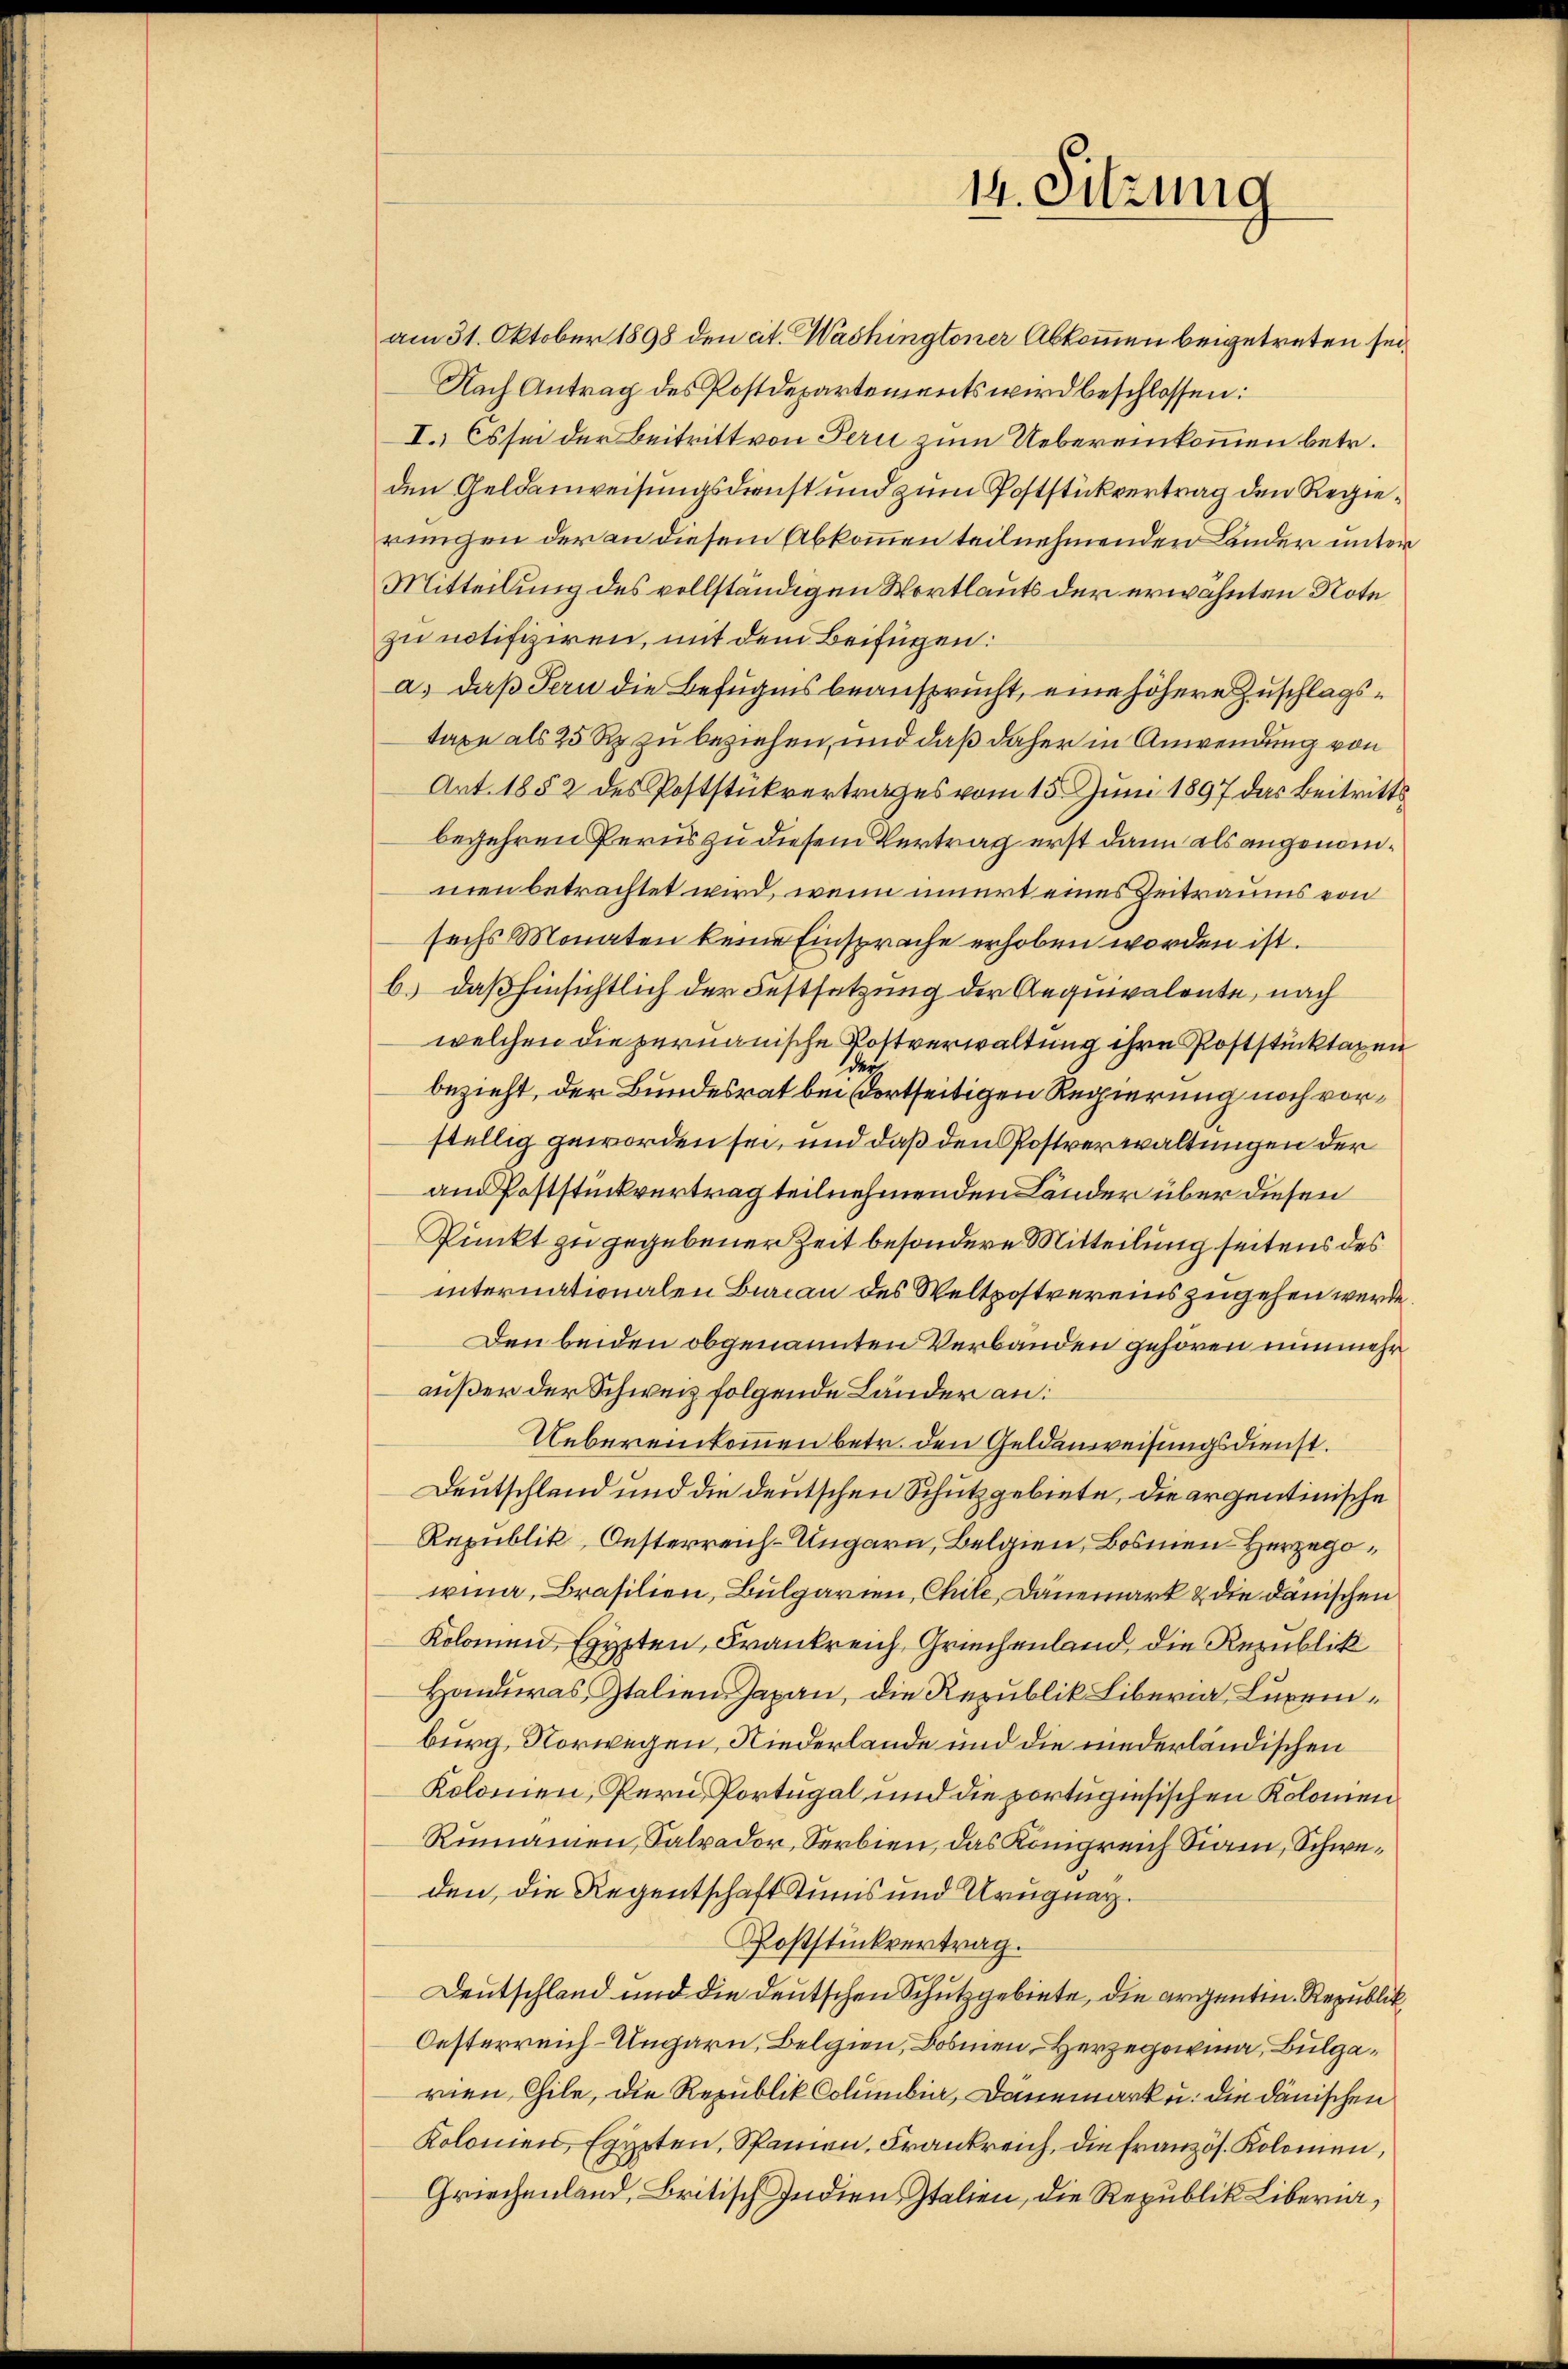
am 31. Oktober 1898 den cit. Washingtoner Abkommen beigetreten sei¬
Nach Antrag des Postdepartements wird beschlossen:
I. Es sei der Beitritt von Peri zum Uebereinkommen betr.
den Geldanweisungsdienst und zum Poststückvertrag den Regierungen der an diesem Abkommen teilnehmenden Länder unter
Mitteilung des vollständigen Wortlauts der erwähnten Note
zu notifiziren, mit dem Beifügen:
a) daß Fern die Befugnis beansprucht, eine höhere Zuschlagstaxe als 25 Rp. zu beziehen, und daß daher in Anwendung von
Art. 1852 des Poststückvertrages vom 15. Juni 1897 das Beitrittsbegehren Perus zu diesem Vertrag erst dann als angenommen betrachtet wird, wenn innert eines Zeitraums von
sechs Monaten keine Einsprache erhoben worden ist.
b.) daß hinsichtlich der Festsetzung der Aequivalente, nach
welchen die pernauische Kostverwaltung ihre Poststücktagen
ch
bezieht, der Bundesrat bei dortseitigen Regierung noch vorstellig geworden sei, und daß den Postverwaltungen der
am Poststückvertrag teilnehmenden Länder über diesen
Punkt zu gegebener Zeit besondere Mitteilung seitens des
internationalen Bureau des Weltpostvereins zugehen werde.
Den beiden obgenannten Verbanden gehören nunmehr
außer der Schweiz folgende Länder an:
Uebereinkommen betr. den Geldenweisungsdienst.
Deutschland und die deutschen Schutzgebiete, die argentinische
Rapublik, Oesterreich-Ungarn, Belgien, Bosmen Herzegoiina, Brasilien, Bulgarien, Chile, Dänemark & die danischen
Kolonnend Egypten, Frankreich, Griechenland, die Republik
Honduras Italien-Japan, die Republik Libern, Luxemburg, Norwegen, Niederlande und die niederländischen
Kolomen, Pern, Portugal und die portugisischen Kolomen
Rumannen, Salzador, Serbien, das Königreich Siam, Schweden, die Regentschaft Stunis und Uruguar.
Roststückvertrag.
Deutschland und die deutschen Schutzgebiete, die argentin. Republik
Oesterreich-Ungarn, Belgien, Bosmen, Herzegowina, Bulgarnen Gile, die Republik Columbia, Dannmark u. die dänischen
Kolonien, Egypten, Spanien, Frankreich, die französ. Kolomen,
Griechenland, Britisch Indien Italien, die Republik Liberia,

14. Sitzung